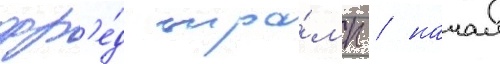
фр'е́д тра́мп / начал